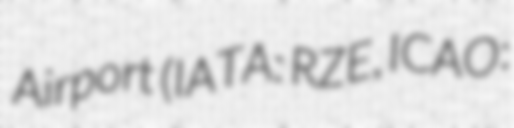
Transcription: Airport (IATA: RZE, ICAO: